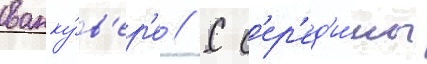
ванку́в'ер'е // С с'ер'ед'и́ны